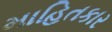
માહિતકાર